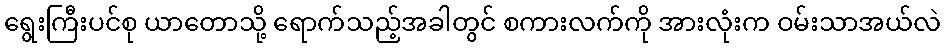
ရွေးကြီးပင်စု ယာတောသို့ ရောက်သည့်အခါတွင် စကားလက်ကို အားလုံးက ဝမ်းသာအယ်လဲ